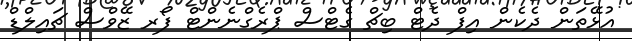
އުޅޭތަން ދެކެން އިފް ދެޓް ބިޗް ގެޓްސް ޕްރެގްނެންޓް ފޯރ ޒޭވްސް ޗައިލްޑް